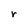
Character: r